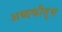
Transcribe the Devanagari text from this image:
शब्दकौतुभ